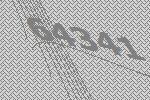
64341